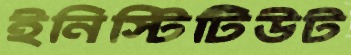
ইনিস্টিটিউট